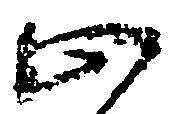
止